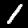
Label: 1